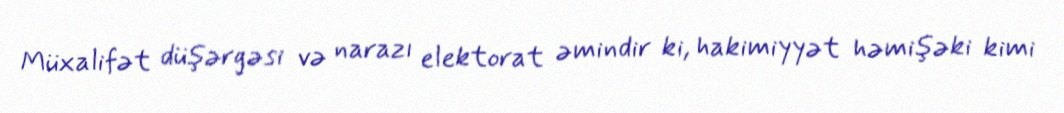
Müxalifət düşərgəsi və narazı elektorat əmindir ki, hakimiyyət həmişəki kimi